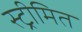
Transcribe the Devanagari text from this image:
स्ट्रीमित